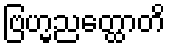
ဗြဟ္မညတ္ထောတိ